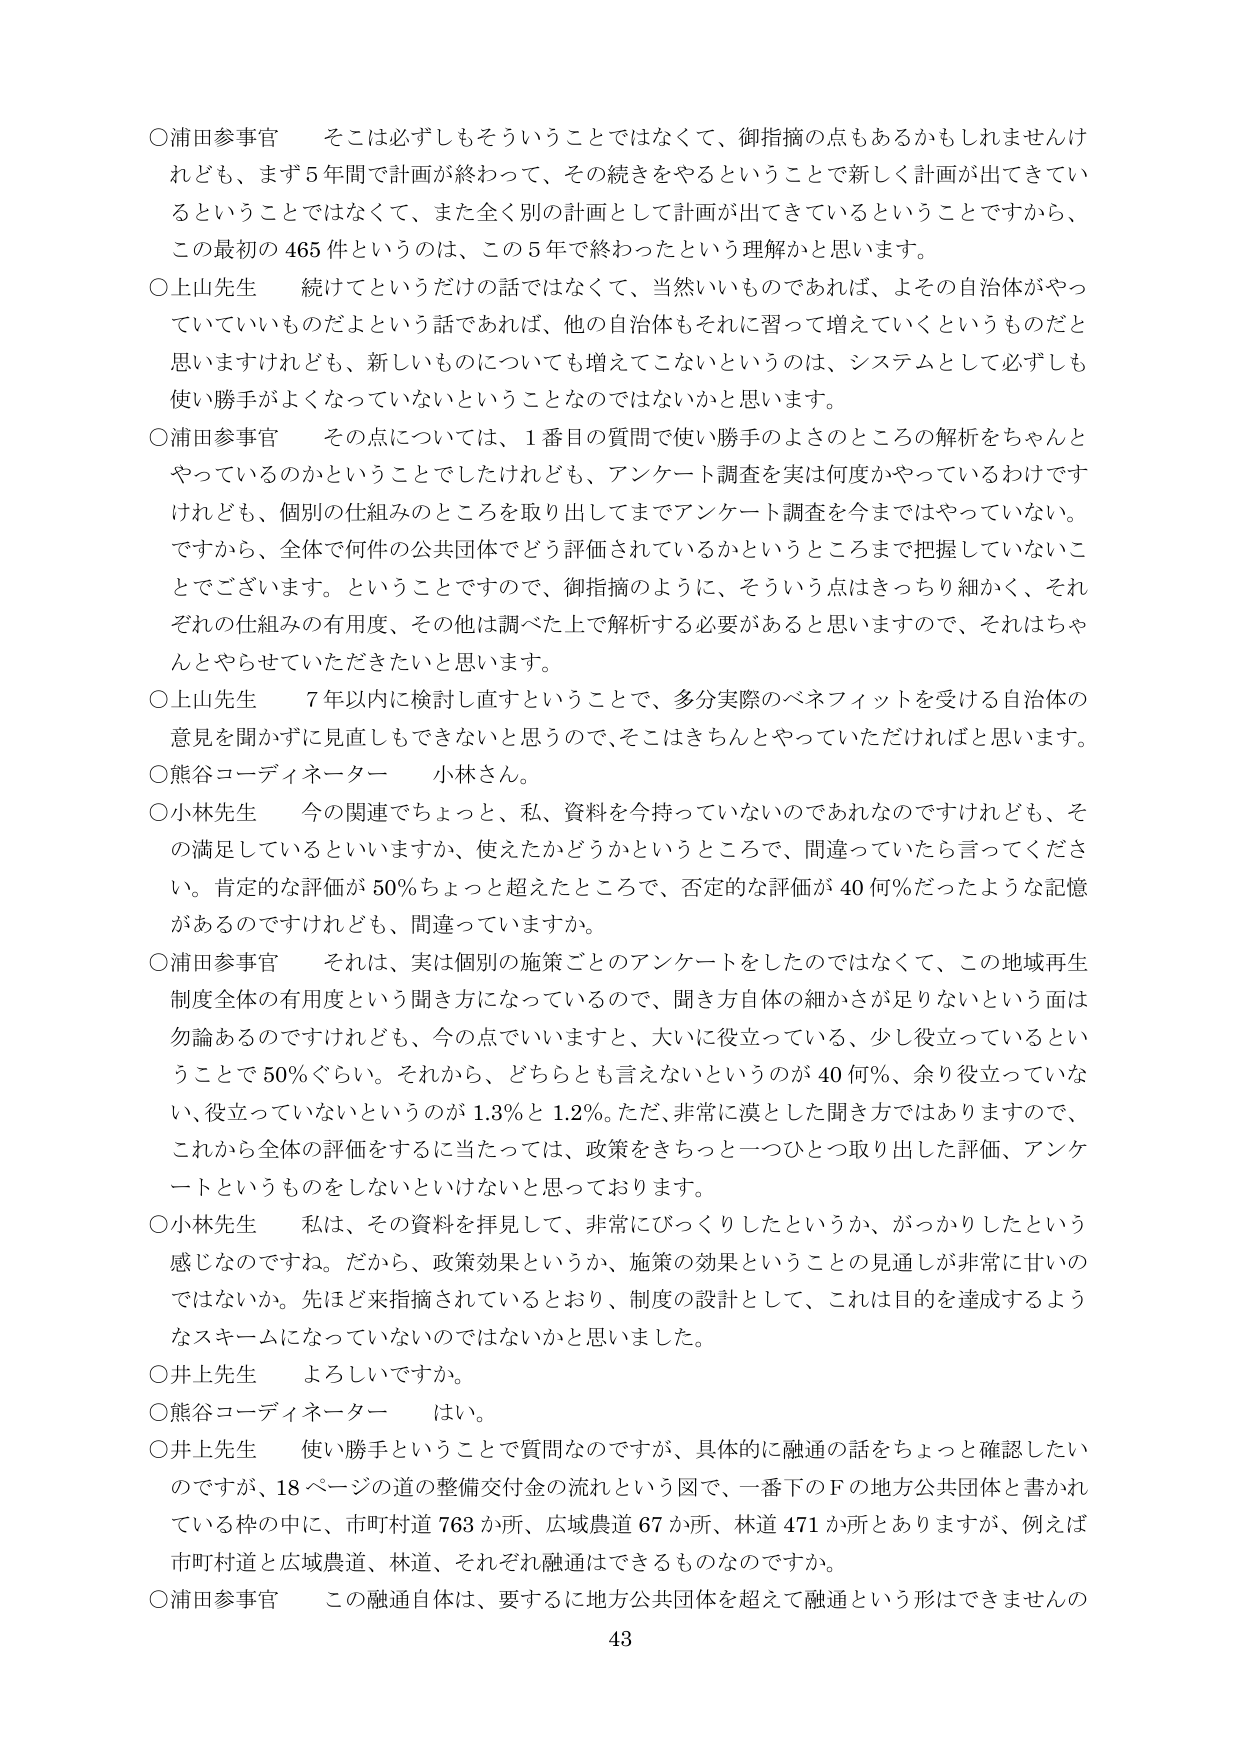
○浦田参事官　そこは必ずしもそういうことではなくて、御指摘の点もあるかもしれませんが、まず5年間で計画が終わって、その続きをやるということで新しく計画が出てきているということではなくて、また全く別の計画として計画が出てきているということですから、この最初の465件というのは、この5年で終わったという理解かと思います。

○上山先生　続けてというだけの話ではなくて、当然いいものであれば、よその自治体がやっていていいものだよという話であれば、他の自治体もそれに習って増えていくというものだと思いますけれども、新しいものについても増えてこないというのは、システムとして必ずしも使い勝手がよくなっていないということなのではないかと思います。

○浦田参事官　その点については、1番目の質問で使い勝手のよさのところの解析をちゃんとやっているのかということでしたけれども、アンケート調査を実は何度かやっているわけですが、けれども、個別の仕組みのところを取り出してまでアンケート調査を今まではやっていない。ですから、全体で何件の公共団体でどう評価されているかというところまで把握していないこととでございます。ということで、御指摘のように、そういう点はきっちり細かく、それぞれの仕組みの有用度、その他は調べた上で解析する必要があると思いますので、それはちゃんとやらせていただきたいと思います。

○上山先生　7年以内に検討し直すということで、多分実際のベネフィットを受ける自治体の意見を聞かずに見直しもできないと思うので、そこはきちんとやっていただければと思います。

○熊谷コーディネーター　小林さん。

○小林先生　今の関連でちょっと、私、資料を今持っていないのであんなのですけれども、その満足しているといいますか、使えたかどうかというところで、間違っていたら言ってください。肯定的な評価が50％ちょっと超えたところで、否定的な評価が40何％だったような記憶があるのですけれども、間違っていますか。

○浦田参事官　それは、実は個別の施策ごとのアンケートをしたのではなくて、この地域再生制度全体の有用度という聞き方になっているので、聞き方自体の細かさが足りないという面は勿論あるのですけれども、今の点でいいますと、大いに役立っている、少し役立っているということで50％ぐらい。それから、どちらとも言えないというのが40何％、余り役立っていない、役立っていないというのが1.8％と1.2％。ただ、非常に漠とした聞き方ではありますので、これから全体の評価をするに当たっては、政策をきちっと一つひとつ取り出した評価、アンケートというものをしないといけないと思っております。

○小林先生　私は、その資料を拝見して、非常にびっくりしたというか、がっかりしたという感じなのですね。だから、政策効果というか、施策の効果ということの見通しが非常に甘いのではないかな。先ほど来指摘されているとおり、制度の設計として、これは目的を達成するようなスキームになっていないのではないかと思いました。

○井上先生　よろしいですか。

○熊谷コーディネーター　はい。

○井上先生　使い勝手ということで質問なのですが、具体的に融通の話をちょっと確認したいのですが、18ページの道の整備交付金の流れという図で、一番下のFの地方公共団体と書かれている枠の中に、市町村道763か所、広域農道67か所、林道471か所とありますが、例えば市町村道と広域農道、林道、それぞれ融通はできるものなのですか。

○浦田参事官　この融通自体は、要するに地方公共団体を超えて融通という形はできませんの

43